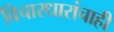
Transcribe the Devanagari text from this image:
विचारधारांचाही